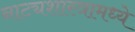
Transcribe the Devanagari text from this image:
नाट्यशास्त्रामध्ये